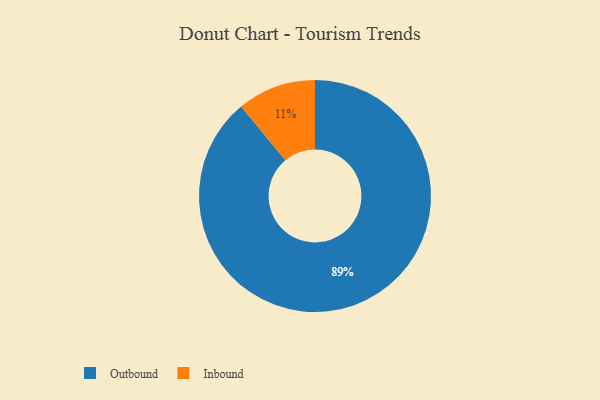
{"axis": {"x": "Category", "y": "Percentage"}, "legend": ["Inbound", "Outbound"], "data": [{"x": "Inbound", "y": 11, "type": "Inbound"}, {"x": "Outbound", "y": 89, "type": "Outbound"}]}